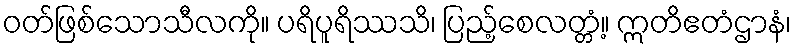
ဝတ်ဖြစ်သောသီလကို။ ပရိပူရိဿသိ၊ ပြည့်စေလတ္တံ့။ ဣတိဧတံဌာနံ၊